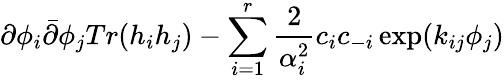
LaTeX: \partial\phi_{i}\bar{\partial}\phi_{j}Tr(h_{i}h_{j})-\sum_{i=1}^{r}\frac{2}{\alpha_{i}^{2}}c_{i}c_{-i}\exp(k_{ij}\phi_{j})